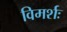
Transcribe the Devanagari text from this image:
विमर्शः